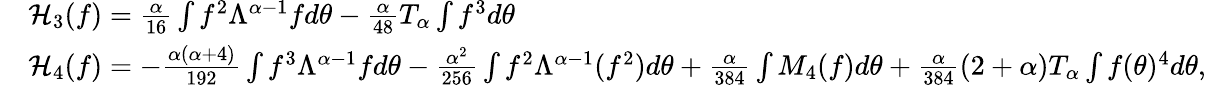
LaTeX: \begin{array}{rl}&{\mathcal{H}_{3}(f)=\frac{\alpha}{16}\int f^{2}\Lambda^{\alpha-1}fd\theta-\frac{\alpha}{48}T_{\alpha}\int f^{3}d\theta}\\ &{\mathcal{H}_{4}(f)=-\frac{\alpha(\alpha+4)}{192}\int f^{3}\Lambda^{\alpha-1}fd\theta-\frac{\alpha^{2}}{256}\int f^{2}\Lambda^{\alpha-1}(f^{2})d\theta+\frac{\alpha}{384}\int M_{4}(f)d\theta+\frac{\alpha}{384}(2+\alpha)T_{\alpha}\int f(\theta)^{4}d\theta,}\end{array}